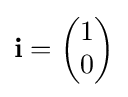
\mathbf {i} ={\begin{pmatrix}1\\0\end{pmatrix}}